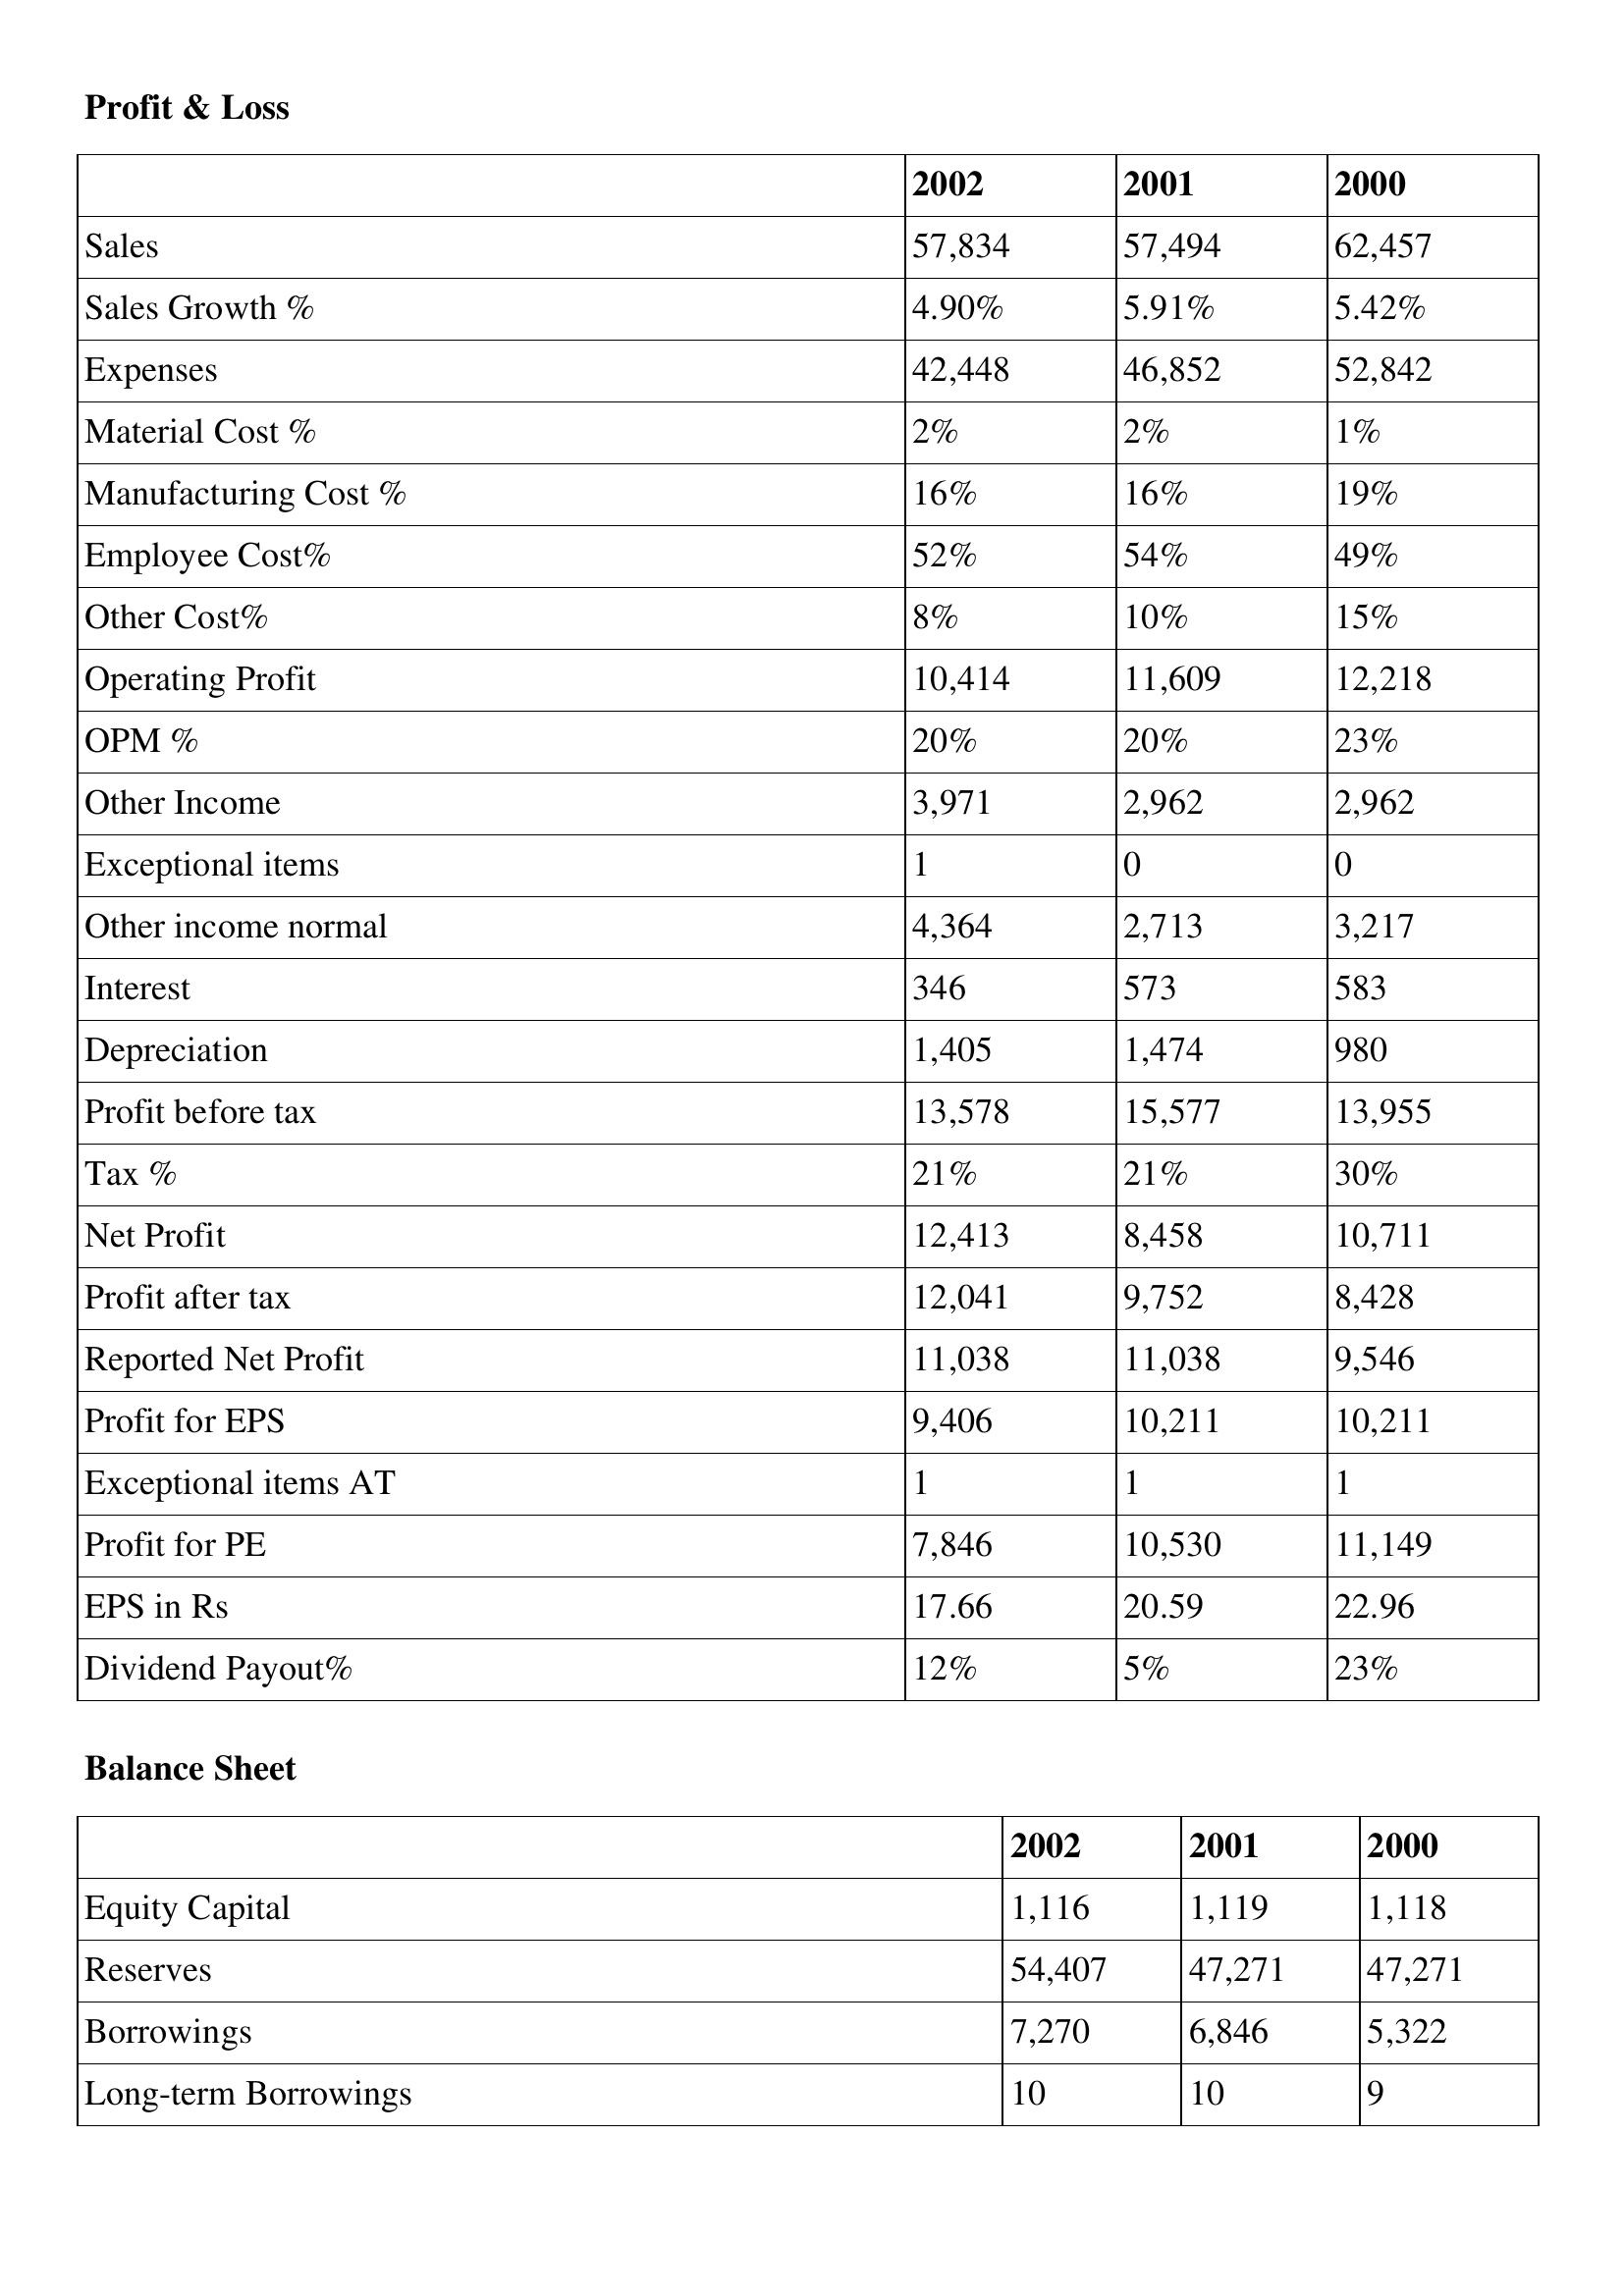
gt_parse: 2002: Profit & Loss: Sales: 57,834
Sales Growth %: 4.90%
Expenses: 42,448
Material Cost %: 2%
Manufacturing Cost %: 16%
Employee Cost%: 52%
Other Cost%: 8%
Operating Profit: 10,414
OPM %: 20%
Other Income: 3,971
Exceptional items: 1
Other income normal: 4,364
Interest: 346
Depreciation: 1,405
Profit before tax: 13,578
Tax %: 21%
Net Profit: 12,413
Profit after tax: 12,041
Reported Net Profit: 11,038
Profit for EPS: 9,406
Exceptional items AT: 1
Profit for PE: 7,846
EPS in Rs: 17.66
Dividend Payout%: 12%
Balance Sheet: Equity Capital: 1,116
Reserves: 54,407
Borrowings: 7,270
Long-term Borrowings: 10
2001: Profit & Loss: Sales: 57,494
Sales Growth %: 5.91%
Expenses: 46,852
Material Cost %: 2%
Manufacturing Cost %: 16%
Employee Cost%: 54%
Other Cost%: 10%
Operating Profit: 11,609
OPM %: 20%
Other Income: 2,962
Exceptional items: 0
Other income normal: 2,713
Interest: 573
Depreciation: 1,474
Profit before tax: 15,577
Tax %: 21%
Net Profit: 8,458
Profit after tax: 9,752
Reported Net Profit: 11,038
Profit for EPS: 10,211
Exceptional items AT: 1
Profit for PE: 10,530
EPS in Rs: 20.59
Dividend Payout%: 5%
Balance Sheet: Equity Capital: 1,119
Reserves: 47,271
Borrowings: 6,846
Long-term Borrowings: 10
2000: Profit & Loss: Sales: 62,457
Sales Growth %: 5.42%
Expenses: 52,842
Material Cost %: 1%
Manufacturing Cost %: 19%
Employee Cost%: 49%
Other Cost%: 15%
Operating Profit: 12,218
OPM %: 23%
Other Income: 2,962
Exceptional items: 0
Other income normal: 3,217
Interest: 583
Depreciation: 980
Profit before tax: 13,955
Tax %: 30%
Net Profit: 10,711
Profit after tax: 8,428
Reported Net Profit: 9,546
Profit for EPS: 10,211
Exceptional items AT: 1
Profit for PE: 11,149
EPS in Rs: 22.96
Dividend Payout%: 23%
Balance Sheet: Equity Capital: 1,118
Reserves: 47,271
Borrowings: 5,322
Long-term Borrowings: 9